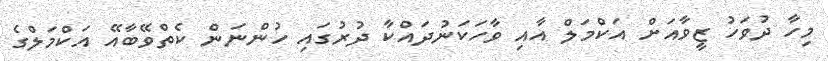
މިހާ ދުވަހު ޒީވާއަށް އަކްމަލް އާއި ވާހަކަނުދައްކާ ދުރުގައި ހުންނަން ކެތްވޭބާއޭ އަކްމަލްގެ